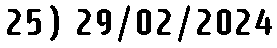
25) 29/02/2024